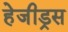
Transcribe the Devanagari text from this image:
हेजीड्रस